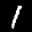
Digit: 1